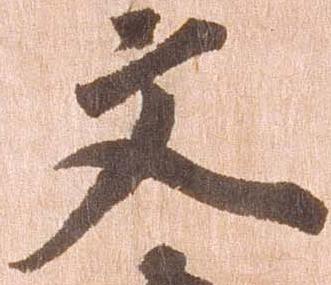
文